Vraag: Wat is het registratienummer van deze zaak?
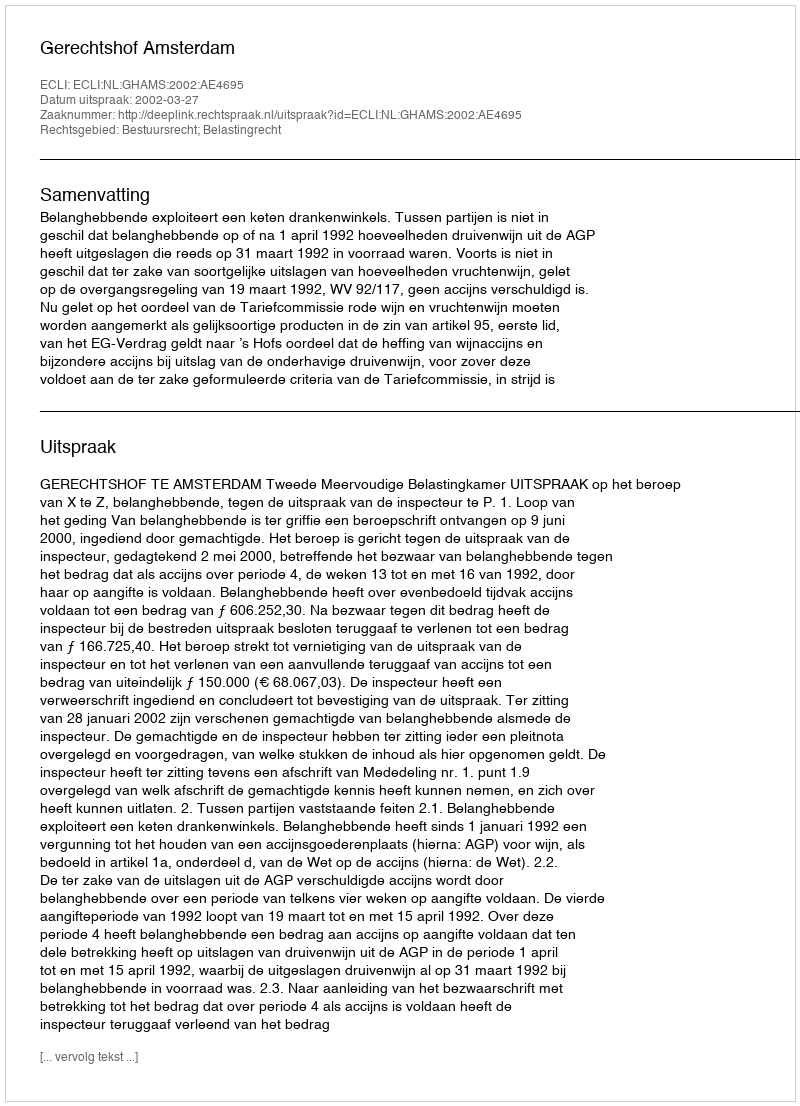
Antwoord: http://deeplink.rechtspraak.nl/uitspraak?id=ECLI:NL:GHAMS:2002:AE4695